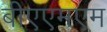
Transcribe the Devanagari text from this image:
बीएएमएम